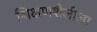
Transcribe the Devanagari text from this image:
शिक्षणशैलीला